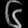
Digit: ၆